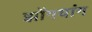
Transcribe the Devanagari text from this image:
झोंगयांग